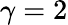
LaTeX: \gamma=2